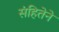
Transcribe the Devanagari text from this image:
संहितेने